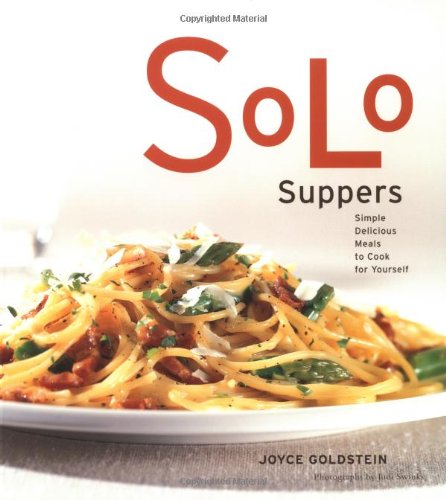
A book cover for Solo Suppers: Simple Delicious Meals to Cook for Yourself; Joyce Goldstein; Cookbooks, Food & Wine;